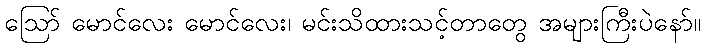
ဪ မောင်လေး မောင်လေး၊ မင်းသိထားသင့်တာတွေ အများကြီးပဲနော်။